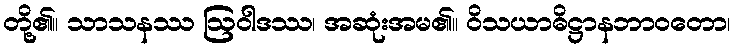
တို့၏။ သာသနဿ ဩဝါဒဿ၊ အဆုံးအမ၏။ ဝိသယာဓိဋ္ဌာနဘာဝတော၊